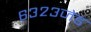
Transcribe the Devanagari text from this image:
६३२३जेड